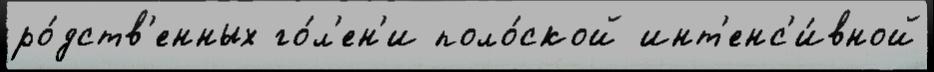
ро́дств'енных го́л'ен'и поло́ской инт'енс'и́вной